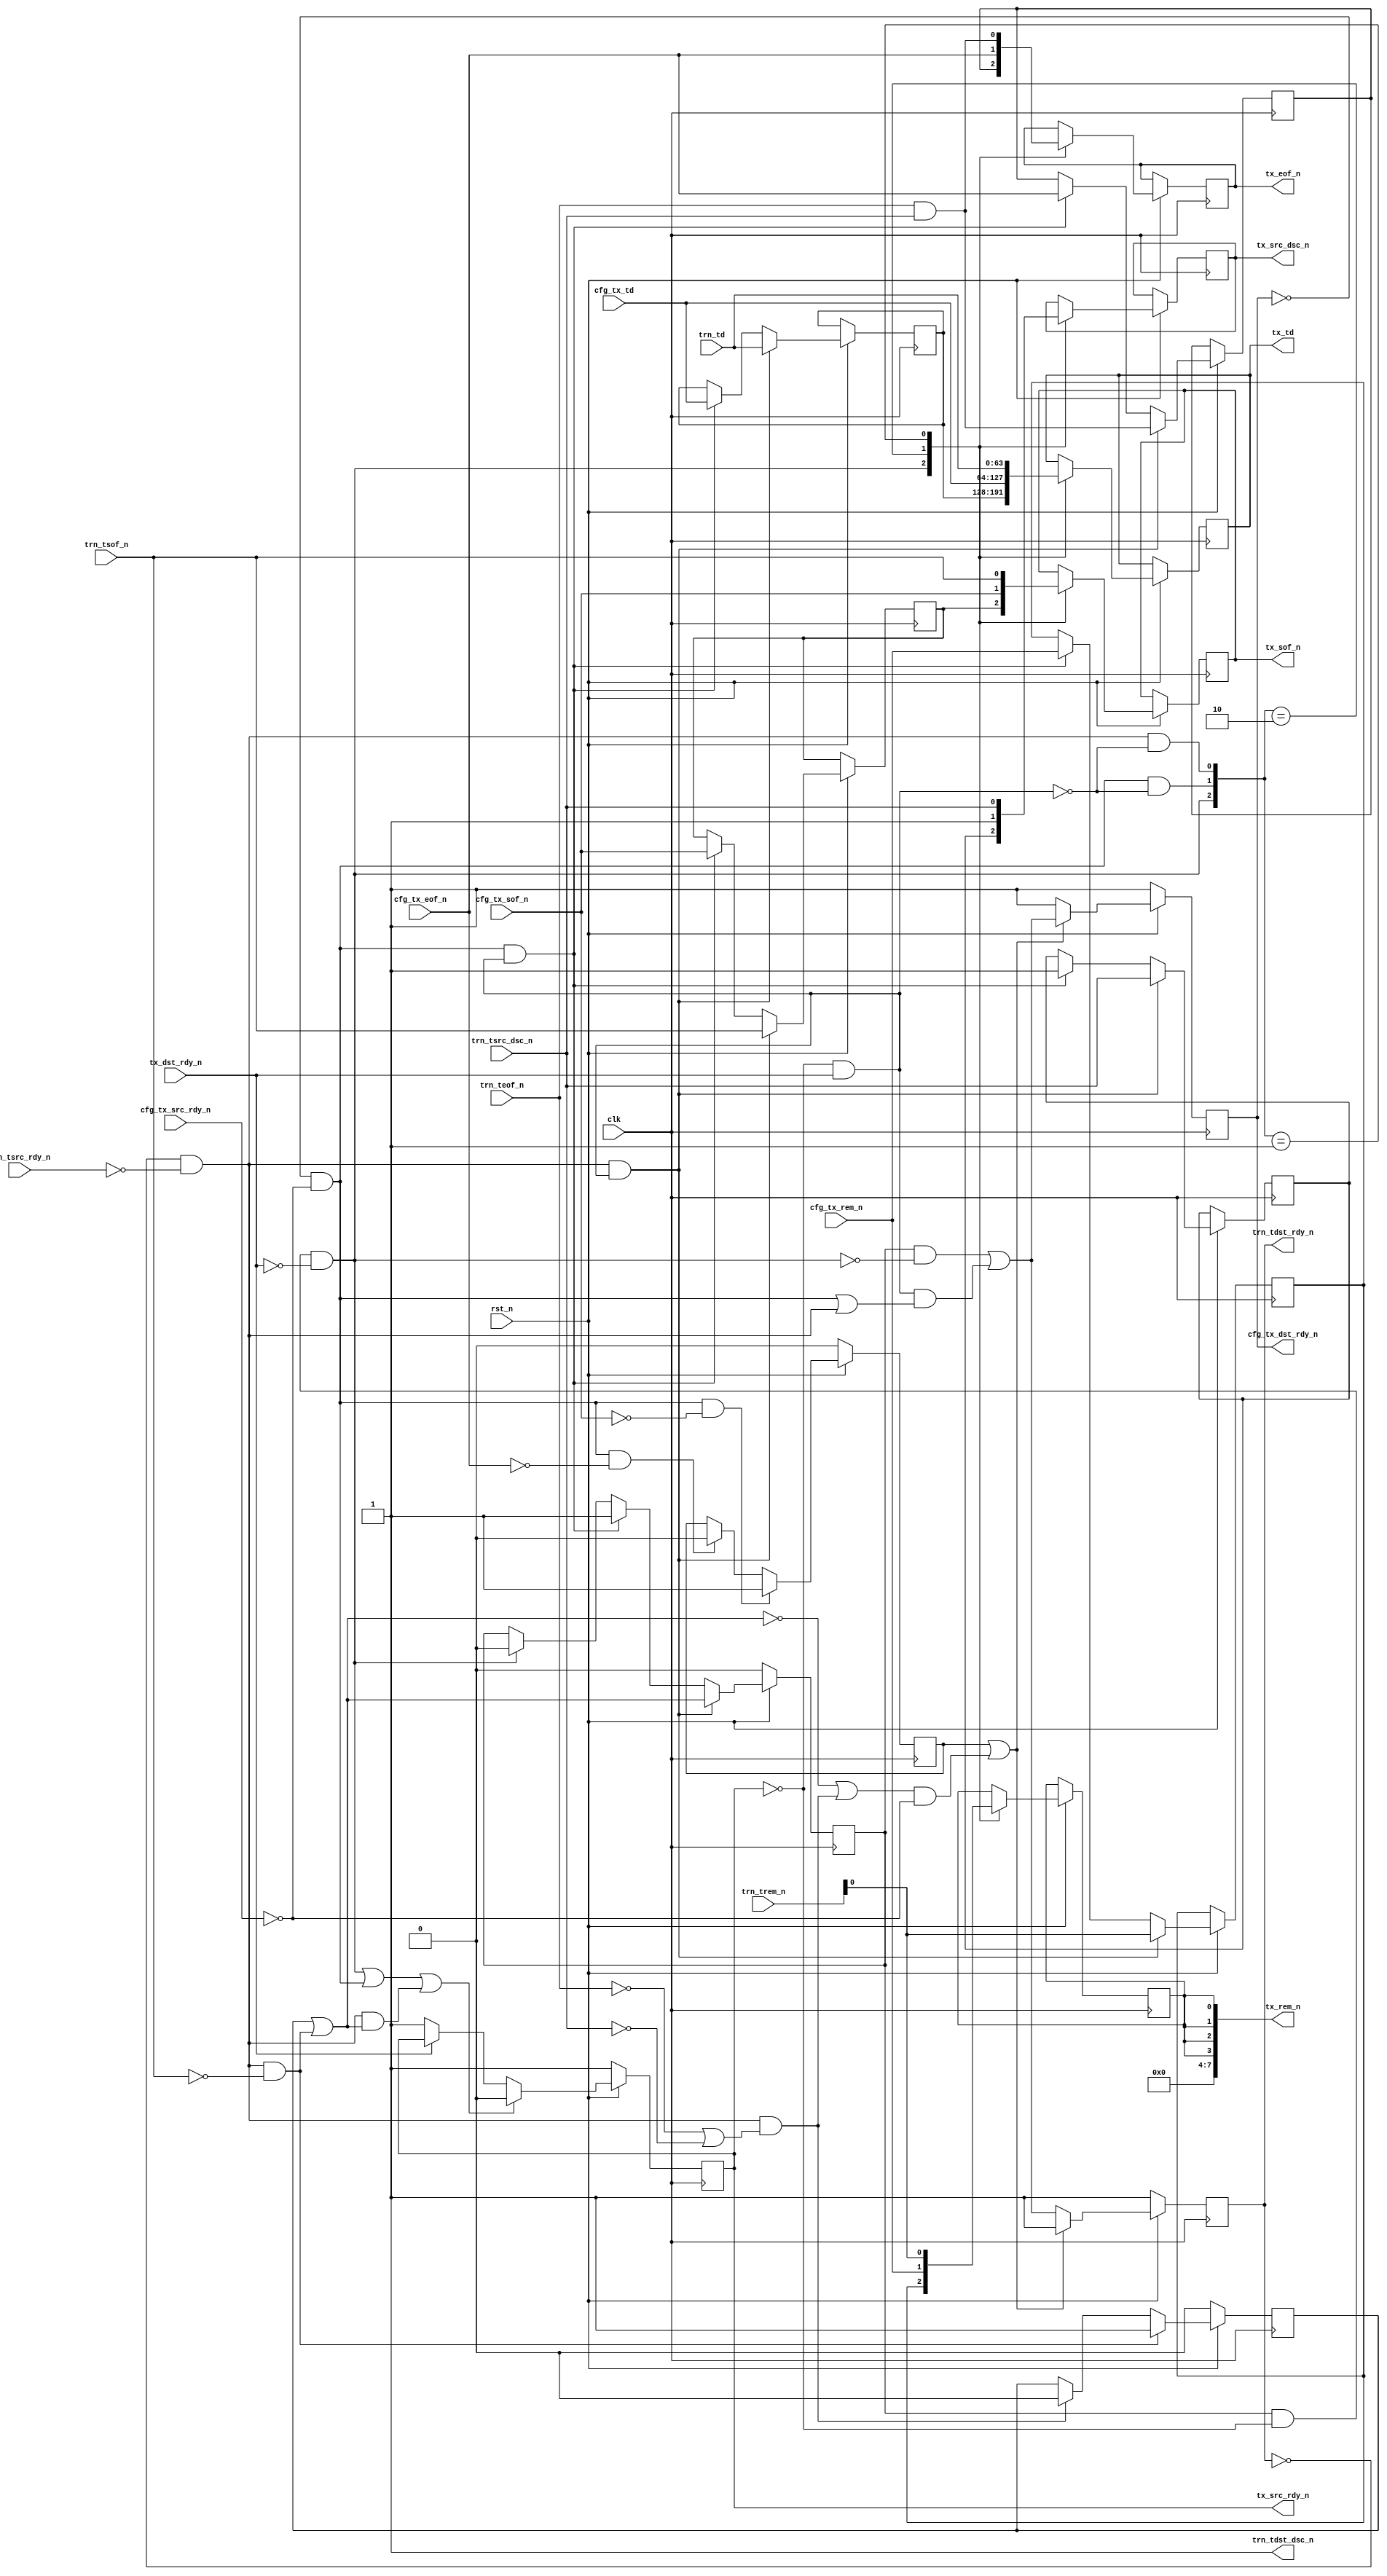

//-----------------------------------------------------------------------------
//
// (c) Copyright 2009-2010 Xilinx, Inc. All rights reserved.
//
// This file contains confidential and proprietary information
// of Xilinx, Inc. and is protected under U.S. and
// international copyright and other intellectual property
// laws.
//
// DISCLAIMER
// This disclaimer is not a license and does not grant any
// rights to the materials distributed herewith. Except as
// otherwise provided in a valid license issued to you by
// Xilinx, and to the maximum extent permitted by applicable
// law: (1) THESE MATERIALS ARE MADE AVAILABLE "AS IS" AND
// WITH ALL FAULTS, AND XILINX HEREBY DISCLAIMS ALL WARRANTIES
// AND CONDITIONS, EXPRESS, IMPLIED, OR STATUTORY, INCLUDING
// BUT NOT LIMITED TO WARRANTIES OF MERCHANTABILITY, NON-
// INFRINGEMENT, OR FITNESS FOR ANY PARTICULAR PURPOSE; and
// (2) Xilinx shall not be liable (whether in contract or tort,
// including negligence, or under any other theory of
// liability) for any loss or damage of any kind or nature
// related to, arising under or in connection with these
// materials, including for any direct, or any indirect,
// special, incidental, or consequential loss or damage
// (including loss of data, profits, goodwill, or any type of
// loss or damage suffered as a result of any action brought
// by a third party) even if such damage or loss was
// reasonably foreseeable or Xilinx had been advised of the
// possibility of the same.
//
// CRITICAL APPLICATIONS
// Xilinx products are not designed or intended to be fail-
// safe, or for use in any application requiring fail-safe
// performance, such as life-support or safety devices or
// systems, Class III medical devices, nuclear facilities,
// applications related to the deployment of airbags, or any
// other applications that could lead to death, personal
// injury, or severe property or environmental damage
// (individually and collectively, "Critical
// Applications"). Customer assumes the sole risk and
// liability of any use of Xilinx products in Critical
// Applications, subject only to applicable laws and
// regulations governing limitations on product liability.
//
// THIS COPYRIGHT NOTICE AND DISCLAIMER MUST BE RETAINED AS
// PART OF THIS FILE AT ALL TIMES.
//
//-----------------------------------------------------------------------------
// Project    : V5-Block Plus for PCI Express
//--------------------------------------------------------------------------------
//--------------------------------------------------------------------------------
/*****************************************************************************
 *  Description : PCIe Block Plus Tx Arbiter - multiplexes input to the
 *    PCIE Block between the user input and bridge-generated traffic (such
 *    as interrupts and config TLPs)
 ****************************************************************************/

`timescale 1ns/1ns
`ifndef TCQ
 `define TCQ 1
`endif

module pcie_blk_ll_tx_arb
  (
   // Clock and reset

   input             clk,
   input             rst_n,

   // Transaction Link Up

//   input             trn_lnk_up_n,  // Might need this for discontinue

   // Tx Bridge Ports
   output reg [63:0] tx_td,
   output reg        tx_sof_n,
   output reg        tx_eof_n,
   output [7:0]      tx_rem_n,
   output reg        tx_src_dsc_n = 1'b1,
   output reg        tx_src_rdy_n = 1'b1,
   input             tx_dst_rdy_n,

   // User (TRN) Tx Ports

   input [63:0]      trn_td,
   input [7:0]       trn_trem_n,
   input             trn_tsof_n,
   input             trn_teof_n,
   input             trn_tsrc_rdy_n,
   input             trn_tsrc_dsc_n,

   output reg        trn_tdst_rdy_n = 1'b1,
   output            trn_tdst_dsc_n,

   // Config Tx Ports

   input [63:0]      cfg_tx_td,
   input             cfg_tx_rem_n,
   input             cfg_tx_sof_n,
   input             cfg_tx_eof_n,
   input             cfg_tx_src_rdy_n,
   output reg        cfg_tx_dst_rdy_n = 1'b1
   );

  reg                cfg_in_pkt = 1'b0;
  reg                usr_in_pkt = 1'b0;
  wire               cfg_start;
  wire               cfg_done;
  wire               usr_start;
  wire               usr_done;
  wire               usr_in_pkt_inc;  // Inclusive of SOF cycle

  reg [63:0]         buf_td;
  reg                buf_sof_n;
  reg                buf_eof_n;
  reg                buf_dsc_n = 1'b1;
  reg                buf_rem_n;
  reg                buf_vld = 1'b0;
  wire               buf_divert;
  wire               buf_rd;
  wire               buf_filling;

  reg                tx_rem_n_bit;

  // Assign static output to undriven signals
  assign trn_tdst_dsc_n = 1'b1;  // FIXME do we need to do something with this?

  // Generate enables (dst_rdy)
  // NOTE this will insert a cycle switching cfg->usr; it is unavoidable
  // if we want to allow back-to-back TLPs from the CFG input
  always @(posedge clk) begin
    if (!rst_n) begin
      trn_tdst_rdy_n      <= #`TCQ 1'b1;
      cfg_tx_dst_rdy_n    <= #`TCQ 1'b1;
    end else begin
      if (cfg_in_pkt || ((!usr_in_pkt_inc || usr_done) &&
                         !cfg_tx_src_rdy_n)) begin
        cfg_tx_dst_rdy_n  <= #`TCQ ((buf_vld && !buf_rd) || buf_filling);
        trn_tdst_rdy_n    <= #`TCQ 1'b1;
      end else begin
        cfg_tx_dst_rdy_n  <= #`TCQ 1'b1;
        trn_tdst_rdy_n    <= #`TCQ ((buf_vld && !buf_rd) || buf_filling);
      end
    end
  end

  assign usr_start = !trn_tdst_rdy_n && !trn_tsrc_rdy_n && !trn_tsof_n;
  assign usr_done  = !trn_tdst_rdy_n && !trn_tsrc_rdy_n &&
                     (!trn_teof_n || !trn_tsrc_dsc_n);
  assign usr_in_pkt_inc = usr_in_pkt ||
          (!trn_tdst_rdy_n && !trn_tsrc_rdy_n && !trn_tsof_n);
  
  assign cfg_start = !cfg_tx_dst_rdy_n && !cfg_tx_src_rdy_n && !cfg_tx_sof_n;
  assign cfg_done  = !cfg_tx_dst_rdy_n && !cfg_tx_src_rdy_n && !cfg_tx_eof_n;

  // Create usr_in_pkt and cfg_in_pkt
  always @(posedge clk) begin
    if (!rst_n) begin
      usr_in_pkt     <= #`TCQ 1'b0;
      cfg_in_pkt     <= #`TCQ 1'b0;
    end else begin
      if (usr_start) begin
        usr_in_pkt   <= #`TCQ 1'b1;
      end else if (usr_done) begin
        usr_in_pkt   <= #`TCQ 1'b0;
      end
      if (cfg_start) begin
        cfg_in_pkt   <= #`TCQ 1'b1;
      end else if (cfg_done) begin
        cfg_in_pkt   <= #`TCQ 1'b0;
      end
    end
  end

  // Input shunt buffer - absorb one cycle of data to decouple
  // trn_tdst_rdy_n from other signals (and therefore make it a
  // registered output)
  always @(posedge clk) begin
    if (!rst_n) begin
      buf_vld         <= #`TCQ 1'b0;
    end else begin
      if (!trn_tdst_rdy_n && !trn_tsrc_rdy_n && buf_divert) begin
        buf_td        <= #`TCQ trn_td;
        buf_sof_n     <= #`TCQ trn_tsof_n;
        buf_eof_n     <= #`TCQ trn_teof_n && trn_tsrc_dsc_n;
        buf_dsc_n     <= #`TCQ trn_tsrc_dsc_n;
        buf_rem_n     <= #`TCQ trn_trem_n[0];

        // Prevent user-data outside of a packet (data after EOF and before
        // SOF) from being accepted by the core by masking with usr_in_pkt_inc
        buf_vld       <= #`TCQ usr_in_pkt_inc;
      end else if (!cfg_tx_dst_rdy_n && !cfg_tx_src_rdy_n && buf_divert) begin
        buf_td        <= #`TCQ cfg_tx_td;
        buf_sof_n     <= #`TCQ cfg_tx_sof_n;
        buf_eof_n     <= #`TCQ cfg_tx_eof_n;
        buf_dsc_n     <= #`TCQ 1'b1;
        buf_rem_n     <= #`TCQ cfg_tx_rem_n;
        buf_vld       <= #`TCQ 1'b1;
      end else if (buf_rd) begin
        buf_vld       <= #`TCQ 1'b0;
      end
    end
  end

  // Control when the shunt buffer is written and read
  //   Writes go to the shunt buffer when the first pipeline stage is full
  //   and not emptying
  assign buf_divert = !tx_src_rdy_n && tx_dst_rdy_n;
  //   The shunt buffer gets read when the pipeline is first shifted after
  //   the shunt buffer is filled
  assign buf_rd     = buf_vld && !tx_src_rdy_n && !tx_dst_rdy_n;
  //   Asserted if the shunt buffer is filling
  assign buf_filling = buf_divert &&
                       ((!cfg_tx_src_rdy_n && !cfg_tx_dst_rdy_n) ||
                        (!trn_tsrc_rdy_n && !trn_tdst_rdy_n));
  // Output buffer
  always @(posedge clk) begin
    if (!rst_n) begin
      tx_src_rdy_n      <= #`TCQ 1'b1;
    end else begin
      // Multiplex the three inputs into the output data
      casex ({buf_rd,
              (!cfg_tx_src_rdy_n && !cfg_tx_dst_rdy_n && !buf_divert),
              (!trn_tsrc_rdy_n && !trn_tdst_rdy_n && !buf_divert)})
        3'b1xx: begin
          // Buf_rd always has priority. If one of the other sources has
          // a successful transaction but we're reading from the buffer,
          // that incoming transaction goes into the buffer, not the output
          tx_td         <= #`TCQ buf_td;
          tx_sof_n      <= #`TCQ buf_sof_n;
          tx_eof_n      <= #`TCQ buf_eof_n;
          tx_src_dsc_n  <= #`TCQ buf_dsc_n;
          tx_rem_n_bit  <= #`TCQ buf_rem_n;
        end
        3'b010: begin
          // Select from config input
          tx_td         <= #`TCQ cfg_tx_td;
          tx_sof_n      <= #`TCQ cfg_tx_sof_n;
          tx_eof_n      <= #`TCQ cfg_tx_eof_n;
          tx_src_dsc_n  <= #`TCQ 1'b1;
          tx_rem_n_bit  <= #`TCQ cfg_tx_rem_n;
        end
        3'b001: begin
          // Select from user input
          tx_td         <= #`TCQ trn_td;
          tx_sof_n      <= #`TCQ trn_tsof_n;
          tx_eof_n      <= #`TCQ trn_teof_n && trn_tsrc_dsc_n;
          tx_src_dsc_n  <= #`TCQ trn_tsrc_dsc_n;
          tx_rem_n_bit  <= #`TCQ trn_trem_n;
        end
        3'b000: ; // This case is OK - don't have to move data every cycle
        default: begin
          // Anything other than the above cases is BAD
          // synthesis translate_off
          $display("ERROR: pcie_blk_ll_tx_arb hit an illegal mux input combination");
          $finish;
          // synthesis translate_on
        end
      endcase
      
      // Generate the output-valid signal
      // Prevent user-data outside of a packet (data after EOF and before
      // SOF) from being accepted by the core by masking with usr_in_pkt_inc
      if (buf_rd || (!cfg_tx_src_rdy_n && !cfg_tx_dst_rdy_n) ||
          (!trn_tsrc_rdy_n && !trn_tdst_rdy_n && usr_in_pkt_inc)) begin
        tx_src_rdy_n    <= #`TCQ 1'b0;
      end else if (!tx_dst_rdy_n) begin
        tx_src_rdy_n    <= #`TCQ 1'b1;
      end
    end
  end

  // REM is an 8-bit signal into the existing bridge code (although
  // only 1 bit is actually used) so we synthesize the rest of it here
  assign tx_rem_n = {4'b0000, {4{tx_rem_n_bit}}};

endmodule // pcie_blk_ll_tx_arb